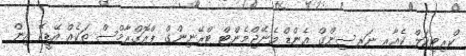
ކްރިޓިކަލް ކެއާރ ނަރސިންގް އެންޑް މެނޭޖްމެންޓް ޓްރޭނިންގް ޕްރޮގްރާމްސް ތަކެއް އޭޑީކޭ އިން